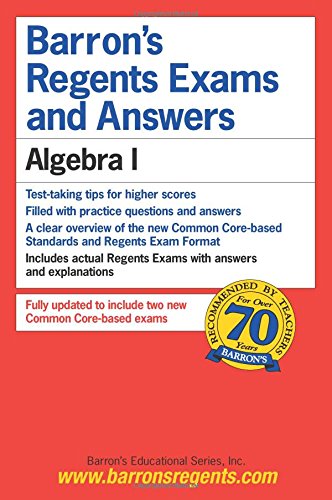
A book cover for Barron's Regents Exams and Answers: Algebra I; Gary Rubinstein M.S.; Test Preparation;